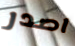
اصدر